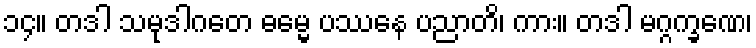
၁၄။ တဒါ သမုဒါဂတေ ဓမ္မေ ပဿနေ ပညာတိ၊ ကား။ တဒါ မဂ္ဂက္ခဏေ၊